Annual report of the Central Committee of the Association together with the report of the directors of the Pasteur Institute at Kasauli
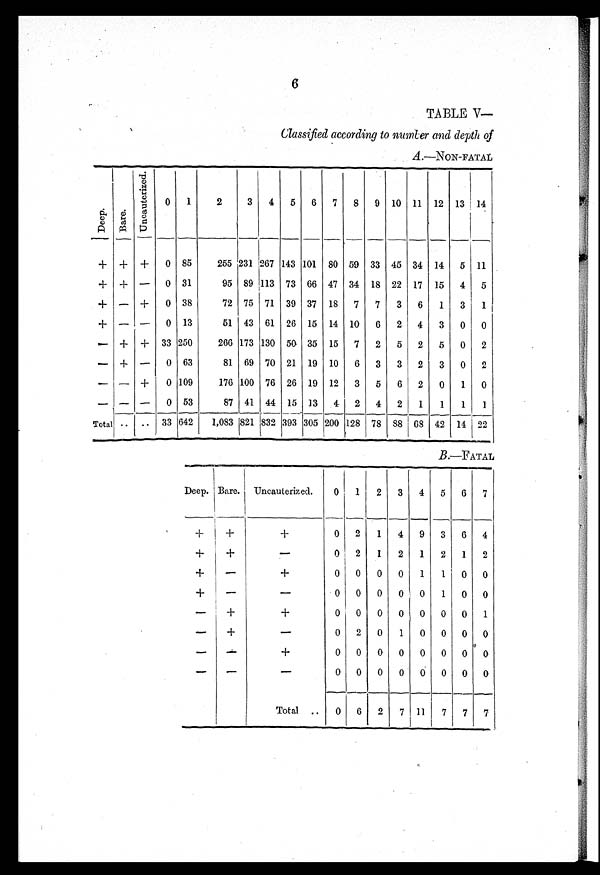
6
TABLE V—
Classified according to number and depth of
A.—NON-FATAL
Deep. Bare.
U n c a u t e r i z e d .
0 1
2
3 4 5 6 7 8 9 10 11 12 13 14
+ + +
0 85
255 231 267 143 101 80 59 33 45 34 14 5 11
+ + — 0 31
95 89 113 73 66 47 34 18 22 17 15 4 5
+ — + 0 38
72 75 71 39 37 18 7 7 3 6 1 3 1
+ — — 0 13
51 43 61 26 15 14 10 6 2 4 3 0 0
— + + 33 250
266 173 130 50 35 15 7 2 5 2 5 0 2
— + — 0 63
81 69 70 21 19 10 6 3 3 2 3 0 2
— — +
0 109
176 100 76 26 19 12 3 5 6 2 0 1 0
— — —
0 53
87 41 44 15 13 4 2 4 2 1
1 1 1
Total .. .. 33 642
1,083 821
8 3 2 393 305 200 128 78 88 68 42 14 22
B.—FATAL
Deep. Bare. Uncauterized.
0 1 2 3 4 5 6 7
+
+
+
0 2 1 4 9 3 6 4
+
+
—
0 2 1 2 1 2 1 2
+
—
+
0 0 0
0 1
1
0 0
+
—
—
0 0 0 0 0 1 0 0
—
+
+
0 0 0 0 0 0 0 1
—
+
—
0 2 0 1 0 0 0 0
— —
+
0 0 0 0 0 0 0 0
— —
—
0 0 0 0 0 0 0 0
Total
0 6 2 7 11 7
7 7